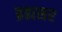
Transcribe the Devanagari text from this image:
ब्रह्मसर